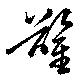
鑿